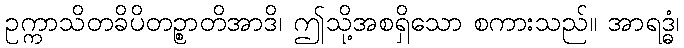
ဥက္ကာသိတခိပိတဉ္စာတိအာဒိ၊ ဤသို့အစရှိသော စကားသည်။ အာရဒ္ဓံ၊